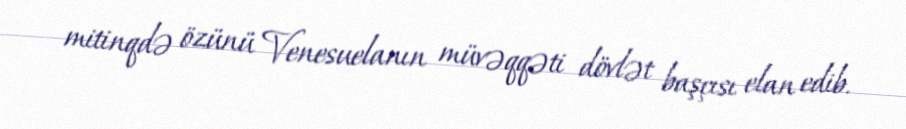
mitinqdə özünü Venesuelanın müvəqqəti dövlət başçısı elan edib.